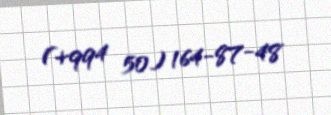
(+994 50) 164-87-48